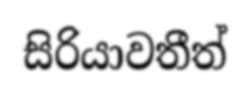
සිරියාවතීත්